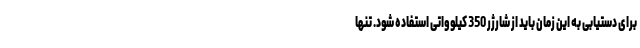
برای دستیابی به این زمان باید از شارژر 350 کیلوواتی استفاده شود. تنها